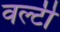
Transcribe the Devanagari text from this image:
वल्टी